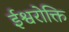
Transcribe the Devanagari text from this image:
ईश्वरोक्ति